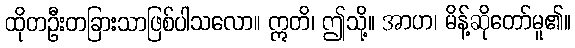
ထိုတဦးတခြားသာဖြစ်ပါသလော။ ဣတိ၊ ဤသို့။ အာဟ၊ မိန့်ဆိုတော်မူ၏။